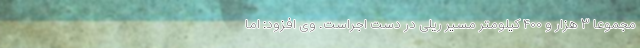
مجموعاً ۳ هزار و ۴۰۰ کیلومتر مسیر ریلی در دست اجراست. وی افزود: اما